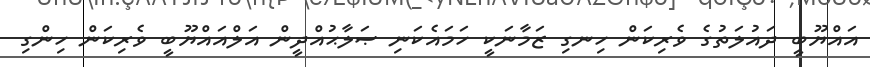
އައްޔޫބީ ދައުލަތުގެ ވެރިކަން ހިނގި ޒަމާނަކީ ހަމައެކަނި ޞަލާޙުއްދީން އަލްއައްޔޫބީ ވެރިކަން ހިންގި